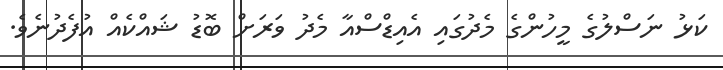
ކަޅު ނަސްލުގެ މީހުންގެ މެދުގައި އެއިޑްސްއާ މެދު ވަރަށް ބޮޑު ޝައްކެއް އުފެދުނެވެ.